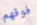
فوقهم